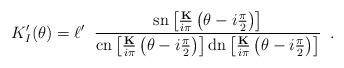
LaTeX: \begin{align*}K_{I}'(\theta)=\ell'\;\;\frac{\textrm{sn}\left[\frac{\textbf{K}}{i\pi} \left(\theta-i\frac{\pi}{2}\right)\right]}{\textrm{cn}\left[\frac{\textbf{K}}{i\pi} \left(\theta-i\frac{\pi}{2}\right)\right]\textrm{dn}\left[\frac{\textbf{K}}{i\pi}\left(\theta-i\frac{\pi }{2}\right)\right]}\,\,\,.\end{align*}